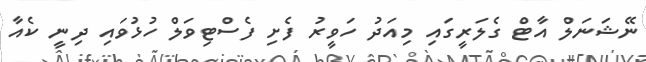
ނޭޝަަނަލް އާޓް ގެލަރީގައި މިއަދު ހަވީރު ފެށި ފެސްޓިވަލް ހުޅުވައި ދިނީ ކެއާ